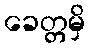
ခေတ္တမှိ